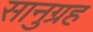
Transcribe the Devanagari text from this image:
सानुग्रह